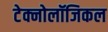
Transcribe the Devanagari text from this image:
टेक्नोलॉजिकल